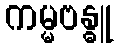
ကမ္မဗန္ဓူ